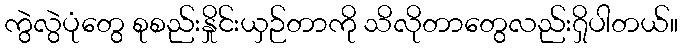
ကွဲလွဲပုံတွေ စုစည်းနှိုင်းယှဉ်တာကို သိလိုတာတွေလည်း၇ှိပါတယ်။